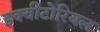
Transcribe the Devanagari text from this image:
इक्वीटोरियल